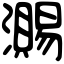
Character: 瀃